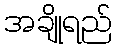
အချိုရည်